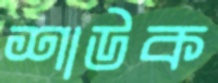
শাউক